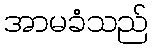
အာမခံသည်